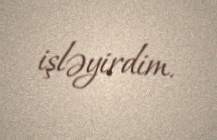
işləyirdim.